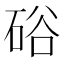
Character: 硲